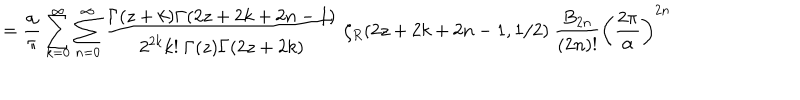
LaTeX: = { \frac { \alpha } { \pi } } \sum _ { k = 0 } ^ { \infty } \sum _ { n = 0 } ^ { \infty } { \frac { \Gamma ( z + k ) \Gamma ( 2 z + 2 k + 2 n - 1 ) } { 2 ^ { 2 k } k ! ~ \Gamma ( z ) \Gamma ( 2 z + 2 k ) } } ~ \zeta _ { R } ( 2 z + 2 k + 2 n - 1 , 1 / 2 ) ~ { \frac { B _ { 2 n } } { ( 2 n ) ! } } \left( { \frac { 2 \pi } { \alpha } } \right) ^ { 2 n }